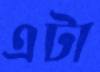
এটা